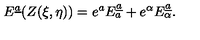
E ^ { \underline { { a } } } ( Z ( \xi , \eta ) ) = e ^ { a } E _ { a } ^ { \underline { { a } } } + e ^ { \alpha } E _ { \alpha } ^ { \underline { { a } } } .